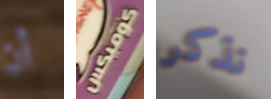
أن كوميكس نذكر